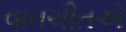
વાતચીતએ